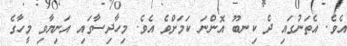
އެވެ. އެތަނުގައި ދެ ކިނބޫ އޮންނަ ކަމަށްވެ އެވެ. މިހާދިސާގައި އަނިޔާވި މީހާގެ